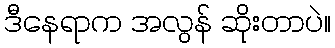
ဒီနေရာက အလွန် ဆိုးတာပဲ။